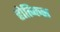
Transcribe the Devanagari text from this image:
होत्च्किस